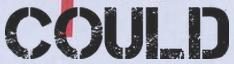
COULD